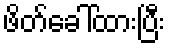
ဖိတ်ခေါ်ထားပြီး